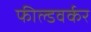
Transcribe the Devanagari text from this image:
फील्डवर्कर